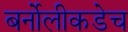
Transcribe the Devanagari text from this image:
बर्नोलीकडेच